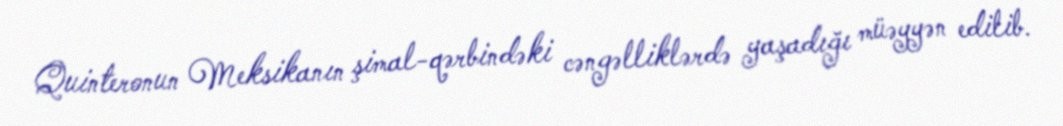
Quinteronun Meksikanın şimal-qərbindəki cəngəlliklərdə yaşadığı müəyyən edilib.